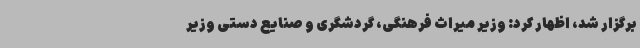
برگزار شد، اظهار کرد: وزیر میراث فرهنگی، گردشگری و صنایع دستی وزیر